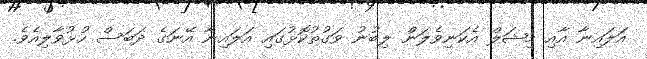
އަލައިނާ އާއި މިޝަލް އެކަނިވެލަން ލިބުނު ވަގުތުކޮޅުގައި އަލައިނާ އޭނަގެ ދަބަސް ހުޅުވާލިއެވެ.